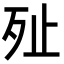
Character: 𣧐